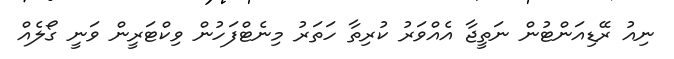
ނިއު ރޭޑިއަންޓުން ނަތީޖާ އެއްވަރު ކުރިތާ ހަތަރު މިނެޓްފަހުން ވިކްޓަރީން ވަނީ ގޯލެއް